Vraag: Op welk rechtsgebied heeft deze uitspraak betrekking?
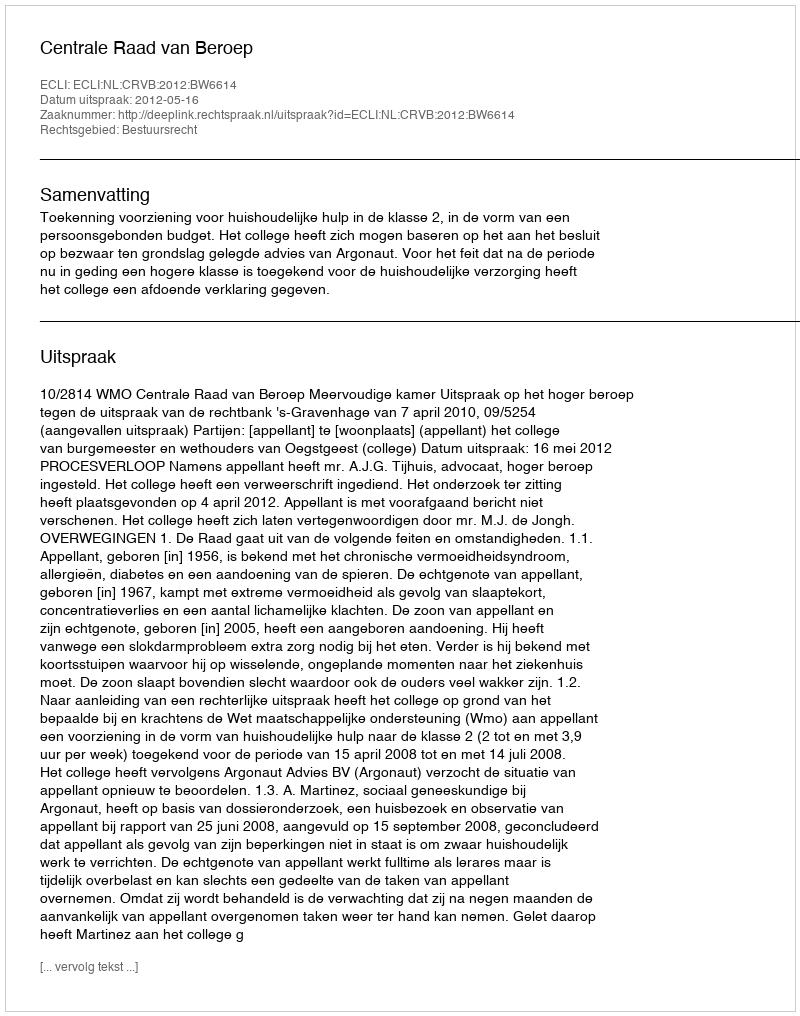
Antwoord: Bestuursrecht